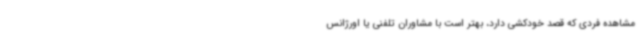
مشاهده فردی که قصد خودکشی دارد، بهتر است با مشاوران تلفنی یا اورژانس